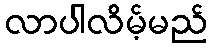
လာပါလိမ့်မည်